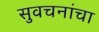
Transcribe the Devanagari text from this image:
सुवचनांचा